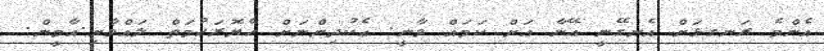
އެންމެ ރަނގޅަށް އެނގޭނީ ޢޭނާ އަށް ކަމައް ވާނީ. ޢެކުދިންނަށް ހެޔޮރަހުމަތް ލައްވާށި.އާމީން.